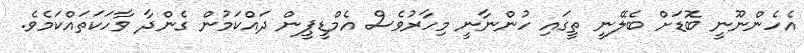
އެހެންނޫނީ ބޮޑަށް ބެލޭނީ ތީގައި ހުންނާނީ މިހާރުވެސް އެމްޑީޕީން ދައްކަމުން ގެންދާ ވާހަކަތައްކަމެވެ.